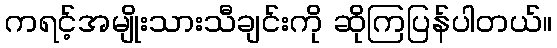
ကရင့်အမျိုးသားသီချင်းကို ဆိုကြပြန်ပါတယ်။